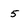
Character: 5